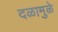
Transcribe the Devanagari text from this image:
दळामुळे